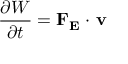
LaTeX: { \frac { \partial W } { \partial t } } = \mathbf { F _ { E } } \cdot \, \mathbf { v }